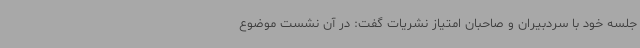
جلسه خود با سردبیران و صاحبان امتیاز نشریات گفت: در آن نشست موضوع